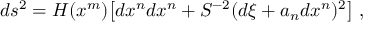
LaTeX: d s ^ { 2 } = H ( x ^ { m } ) \bigl [ d x ^ { n } d x ^ { n } + S ^ { - 2 } ( d \xi + a _ { n } d x ^ { n } ) ^ { 2 } \bigr ] \ ,